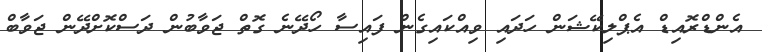
އެންޑްރޮއިޑް އެޕްލިކޭޝަން ހަދައި ވިއްކައިގެން ފައިސާ ހޯދޭނެ ގޮތް ޖަވާބުން ދަސްކޮށްދޭން ޖަވާބް